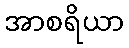
အာစရိယာ